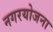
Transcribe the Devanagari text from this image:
नगरयोजना